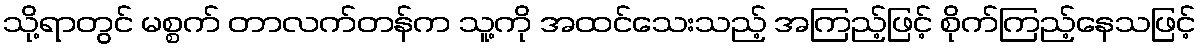
သို့ရာတွင် မစ္စက် တာလက်တန်က သူ့ကို အထင်သေးသည့် အကြည့်ဖြင့် စိုက်ကြည့်နေသဖြင့်